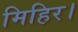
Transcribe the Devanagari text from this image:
मिहिर।